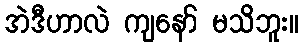
အဲဒီဟာလဲ ကျနော် မသိဘူး။